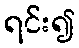
ရင်း၍